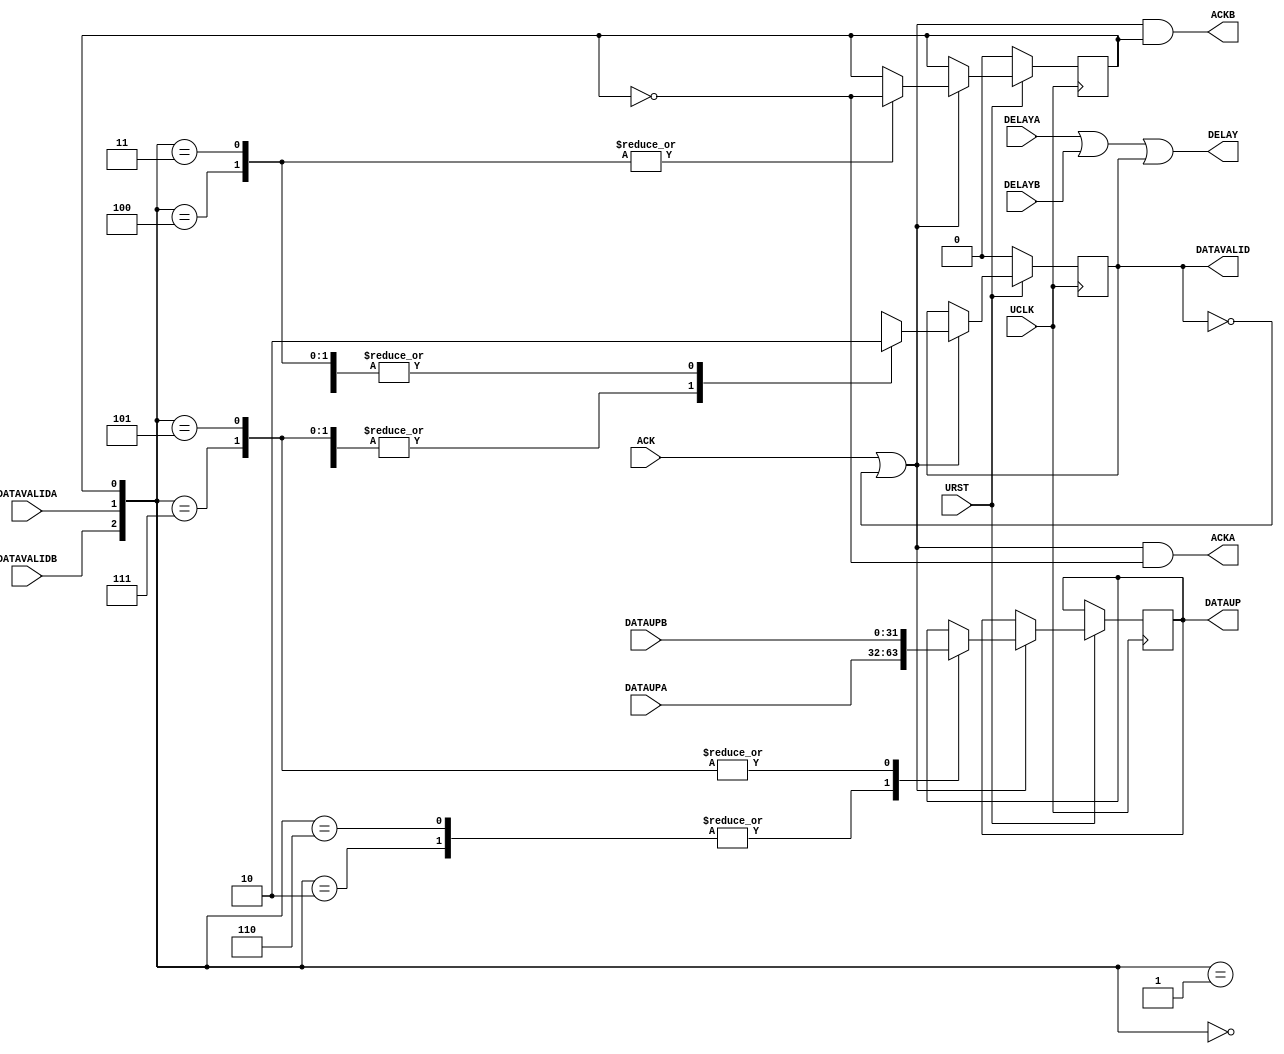

// Copyright (c) 2000-2012 Bluespec, Inc.

// Permission is hereby granted, free of charge, to any person obtaining a copy
// of this software and associated documentation files (the "Software"), to deal
// in the Software without restriction, including without limitation the rights
// to use, copy, modify, merge, publish, distribute, sublicense, and/or sell
// copies of the Software, and to permit persons to whom the Software is
// furnished to do so, subject to the following conditions:

// The above copyright notice and this permission notice shall be included in
// all copies or substantial portions of the Software.

// THE SOFTWARE IS PROVIDED "AS IS", WITHOUT WARRANTY OF ANY KIND, EXPRESS OR
// IMPLIED, INCLUDING BUT NOT LIMITED TO THE WARRANTIES OF MERCHANTABILITY,
// FITNESS FOR A PARTICULAR PURPOSE AND NONINFRINGEMENT. IN NO EVENT SHALL THE
// AUTHORS OR COPYRIGHT HOLDERS BE LIABLE FOR ANY CLAIM, DAMAGES OR OTHER
// LIABILITY, WHETHER IN AN ACTION OF CONTRACT, TORT OR OTHERWISE, ARISING FROM,
// OUT OF OR IN CONNECTION WITH THE SOFTWARE OR THE USE OR OTHER DEALINGS IN
// THE SOFTWARE.
//
// $Revision: 29441 $
// $Date: 2012-08-27 21:58:03 +0000 (Mon, 27 Aug 2012) $

`ifdef BSV_ASSIGNMENT_DELAY
`else
  `define BSV_ASSIGNMENT_DELAY
`endif

`ifdef BSV_POSITIVE_RESET
  `define BSV_RESET_VALUE 1'b1
  `define BSV_RESET_EDGE posedge
`else
  `define BSV_RESET_VALUE 1'b0
  `define BSV_RESET_EDGE negedge
`endif


module ProbeMux (
                 UCLK,
                 URST,
                 // Up link
                 DELAY,
                 DATAUP,
                 DATAVALID,
                 ACK,
                 // A inputs
                 DELAYA,
                 DATAUPA,
                 DATAVALIDA,
                 ACKA,
                 // B inputs
                 DELAYB,
                 DATAUPB,
                 DATAVALIDB,
                 ACKB
                 );
   input UCLK;
   input URST;

   input [31:0] DATAUPA;
   input        DATAVALIDA;
   input        DELAYA;
   output       ACKA;

   input [31:0] DATAUPB;
   input        DATAVALIDB;
   input        DELAYB;
   output       ACKB;

   output [31:0] DATAUP;
   output        DELAY;
   output        DATAVALID;
   input         ACK;

   // Output declarations
   reg [31:0]    DATAUP;
   wire          DELAY;
   wire          ACKA;
   wire          ACKB;
   wire          DATAVALID;

   // other registers
   reg           AorB;
   reg           sending;

   wire          free = sending == 1'b0;

   assign DELAY  = DELAYA || DELAYB || sending;
   assign DATAVALID = sending;

   // Pass acks to children
   assign ACKA = (ACK || free) && ! AorB ;
   assign ACKB = (ACK || free) &&   AorB ;

   always @(posedge UCLK) begin
      if (URST != !`BSV_RESET_VALUE) begin
         sending <= `BSV_ASSIGNMENT_DELAY 1'b0;
         AorB    <= `BSV_ASSIGNMENT_DELAY 1'b0;
      end
      else if (ACK ||  free)
        begin
         case ({DATAVALIDB, DATAVALIDA, AorB})
           3'b000, 3'b001: begin
              sending <= `BSV_ASSIGNMENT_DELAY 1'b0;
           end
           3'b110, 3'b010: begin         // send A
              sending <= `BSV_ASSIGNMENT_DELAY 1'b1;
              DATAUP <= `BSV_ASSIGNMENT_DELAY DATAUPA;
           end
           3'b100: begin        // send B -- flip
              sending <= `BSV_ASSIGNMENT_DELAY 1'b0;
              AorB <= `BSV_ASSIGNMENT_DELAY !AorB;
           end
           3'b101, 3'b111: begin // send B
              sending <= `BSV_ASSIGNMENT_DELAY 1'b1;
              DATAUP <= `BSV_ASSIGNMENT_DELAY DATAUPB;
              end
           3'b011: begin        // send A -- flip
              sending <= `BSV_ASSIGNMENT_DELAY 1'b0;
              AorB <= `BSV_ASSIGNMENT_DELAY ! AorB;
           end
         endcase
      end
   end

`ifdef BSV_NO_INITIAL_BLOCKS
`else // not BSV_NO_INITIAL_BLOCKS
   // synopsys translate_off
   initial begin
      sending <= 1'b0;
      DATAUP  <= { 16 {2'b10} };
      AorB    <= 1'b0;
   end
   // synopsys translate_on
`endif

endmodule